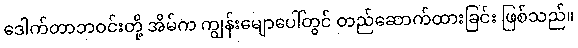
ဒေါက်တာဘဝင်းတို့ အိမ်က ကျွန်းမျောပေါ်တွင် တည်ဆောက်ထားခြင်း ဖြစ်သည်။